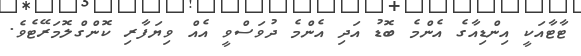
ޓާޓާއަކީ އިންޑިއާގެ އެންމެ ބޮޑު އަދި އެންމެ ދުވަސްވީ އެއް ވިޔަފާރި ކޮންގްލޮމަރޭޓެވެ.